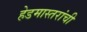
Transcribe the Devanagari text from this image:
हेडमास्तरांची